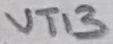
Text: VT13